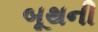
બૂથની